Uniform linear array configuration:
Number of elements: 4
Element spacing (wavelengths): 0.75
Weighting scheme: kaiser
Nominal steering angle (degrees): -15
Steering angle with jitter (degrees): -15.834
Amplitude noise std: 0.05
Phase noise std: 0.05

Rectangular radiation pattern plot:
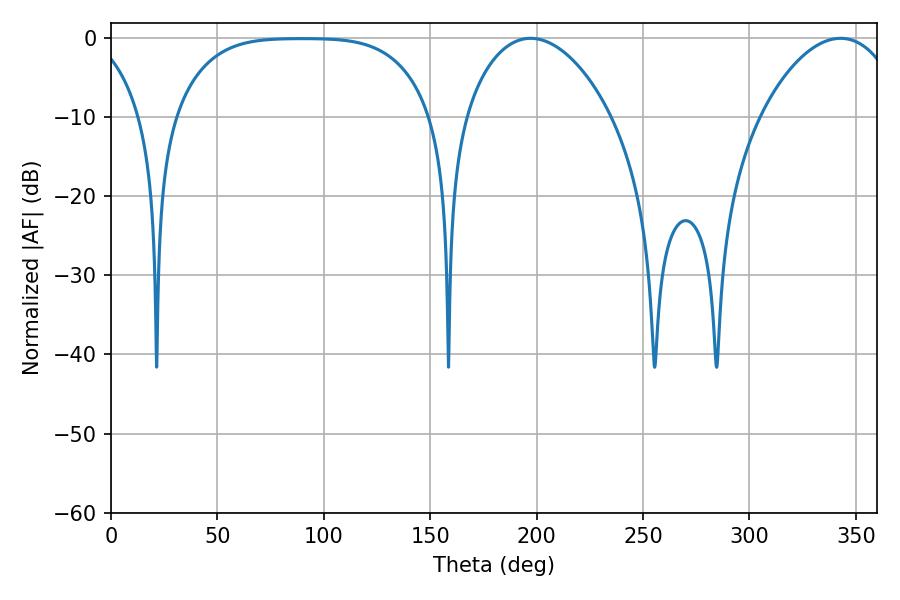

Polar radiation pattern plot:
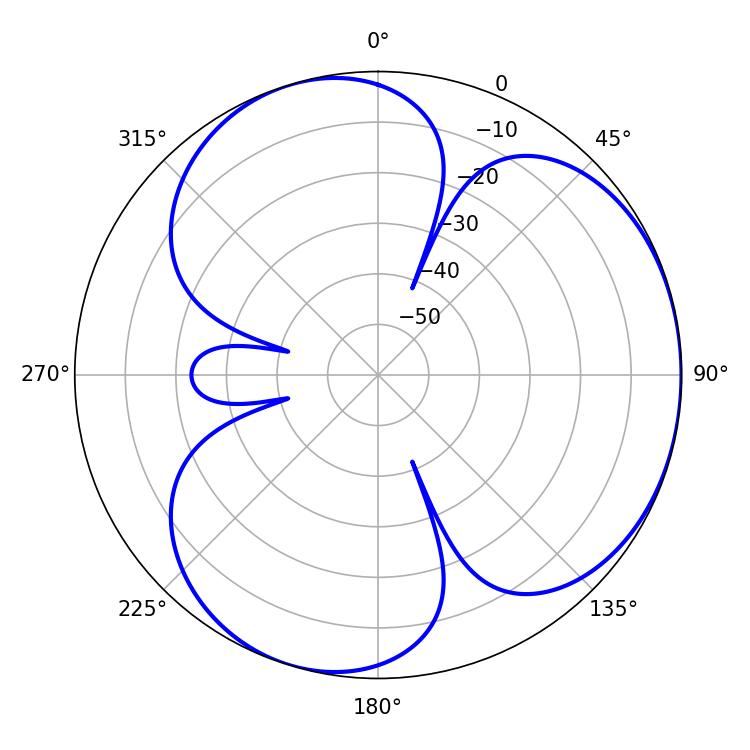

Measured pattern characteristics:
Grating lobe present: TRUE
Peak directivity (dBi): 3.657
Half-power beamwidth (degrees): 38.88
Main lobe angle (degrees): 197.1